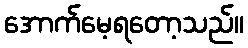
အောက်မေ့ရတော့သည်။